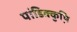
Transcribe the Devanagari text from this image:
पांडिक्कुष़ि